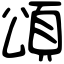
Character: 頌